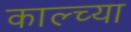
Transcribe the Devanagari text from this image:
काल्च्या